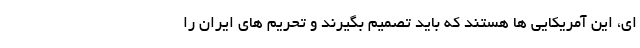
ای، این آمریکایی ها هستند که باید تصمیم بگیرند و تحریم های ایران را